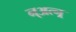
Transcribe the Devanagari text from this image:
न्अत्न्र्